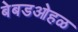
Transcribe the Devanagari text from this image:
बेबडओहळ